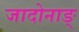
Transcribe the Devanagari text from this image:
जादोनाङ्